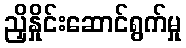
ညှိနှိုင်းဆောင်ရွက်မှု